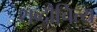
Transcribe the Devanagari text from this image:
शब्दौचित्य